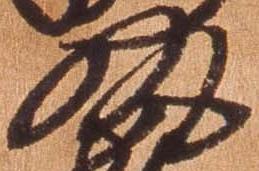
執